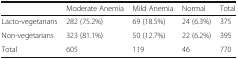
<table><thead><tr><td></td><td><b>Moderate Anemia</b></td><td><b>Mild Anemia</b></td><td><b>Normal</b></td><td><b>Total</b></td></tr></thead><tbody><tr><td>Lacto-vegetarians</td><td>282 (75.2%)</td><td>69 (18.5%)</td><td>24 (6.3%)</td><td>375</td></tr><tr><td>Non-vegetarians</td><td>323 (81.1%)</td><td>50 (12.7%)</td><td>22 (6.2%)</td><td>395</td></tr><tr><td>Total</td><td>605</td><td>119</td><td>46</td><td>770</td></tr></tbody></table>